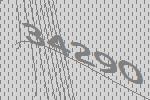
34290